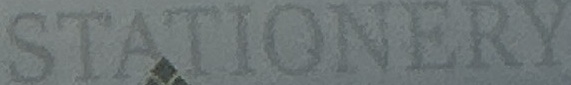
STATIONERY